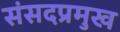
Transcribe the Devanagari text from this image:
संसदप्रमुख